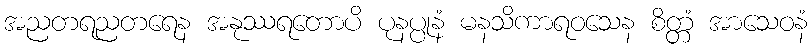
အညတရညတရေန အနုဿရတောပိ ပုနပ္ပုနံ မနသိကာရဝသေန စိတ္တံ အာသေဝနံ